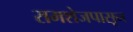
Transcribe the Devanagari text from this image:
रामशेजपासून